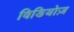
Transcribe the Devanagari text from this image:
विडियोज़